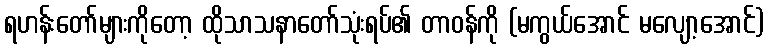
ရဟန်းတော်များကိုတော့ ထိုသာသနာတော်သုံးရပ်၏ တာဝန်ကို (မကွယ်အောင် မလျော့အောင်)